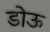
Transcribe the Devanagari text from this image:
डोऊ